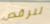
لنرقص